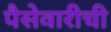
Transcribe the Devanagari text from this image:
पैसेवारीची